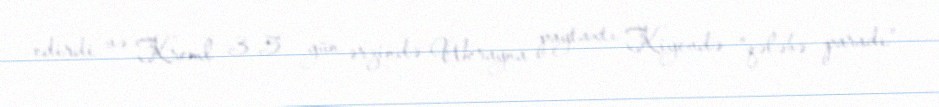
edirdi və Kreml 3-5 gün ərzində Ukrayna paytaxtı Kiyevdə “qələbə paradı”